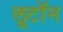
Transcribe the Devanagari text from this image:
लूटॉन